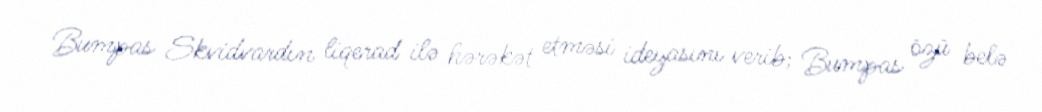
Bumpas Skvidvardın liqerad ilə hərəkət etməsi ideyasını verib; Bumpas özü belə